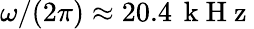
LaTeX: \omega/(2\pi)\approx 20.4\, \mathrm{~k~H~z~}